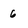
Character: 6